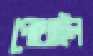
পোথাইল